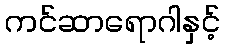
ကင်ဆာရောဂါနှင့်